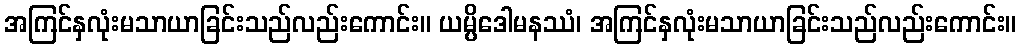
အကြင်နှလုံးမသာယာခြင်းသည်လည်းကောင်း။ ယမ္ပိဒေါမနဿံ၊ အကြင်နှလုံးမသာယာခြင်းသည်လည်းကောင်း။